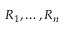
R _ { 1 } , \ldots , R _ { n }